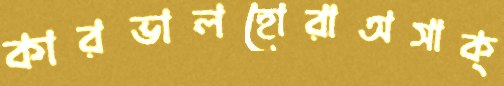
কারভালহোরাঅসাক্